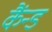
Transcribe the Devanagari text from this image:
कैंन्ड